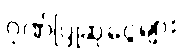
ဂုဏ်ပြုဆုငွေများ